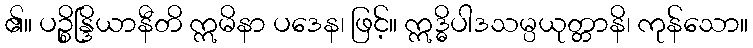
၏။ ပဉ္စိန္ဒြိယာနီတိ ဣမိနာ ပဒေန၊ ဖြင့်။ ဣဒ္ဓိပါဒသမ္ပယုတ္တာနိ၊ ကုန်သော။